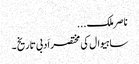
ناصر ملک...
ساہیوال کی مختصر اَدبی تاریخ ۔